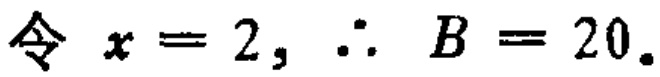
令 \(x = 2, \therefore B = 20.\)